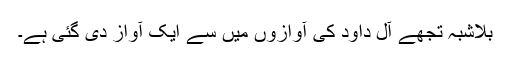
بلاشبہ تجھے آلِ داود کی آوازوں میں سے ایک آواز دی گئی ہے۔